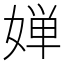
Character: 婵